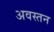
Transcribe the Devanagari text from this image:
अवस्तन